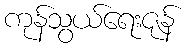
ကုန်သွယ်ရေးဇုန်